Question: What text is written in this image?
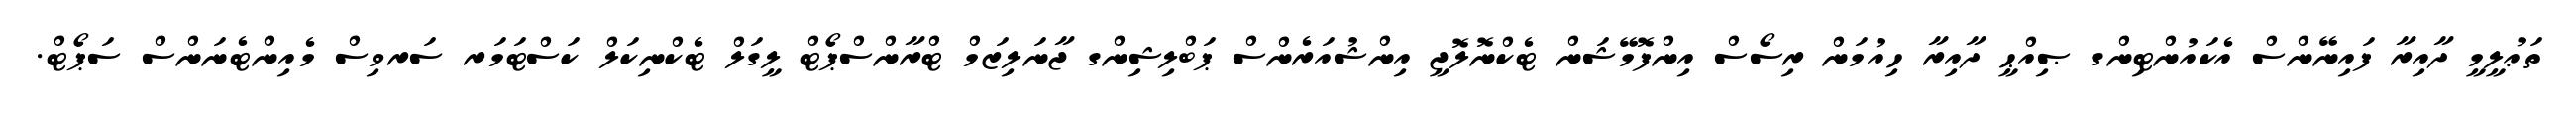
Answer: ތަޢުލީމީ ދާއިރާ ފައިނޭންސް އެކައުންޓިންގ ޞިއްޙީ ދާއިރާ ހިއުމަން ރިސޯސް އިންފޮމޭޝަން ޓެކްނޮލޮޖީ އިންޝުއަރެންސް ޕަބްލިޝިންގ ޖާނަލިޒަމް ޓްރާންސްޕޯޓް ލީގަލް ޓެކްނިކަލް ކަސްޓަމަރ ސަރވިސް މެއިންޓެނަންސް ސަޕޯޓް.